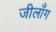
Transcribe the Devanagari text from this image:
जीलाँग